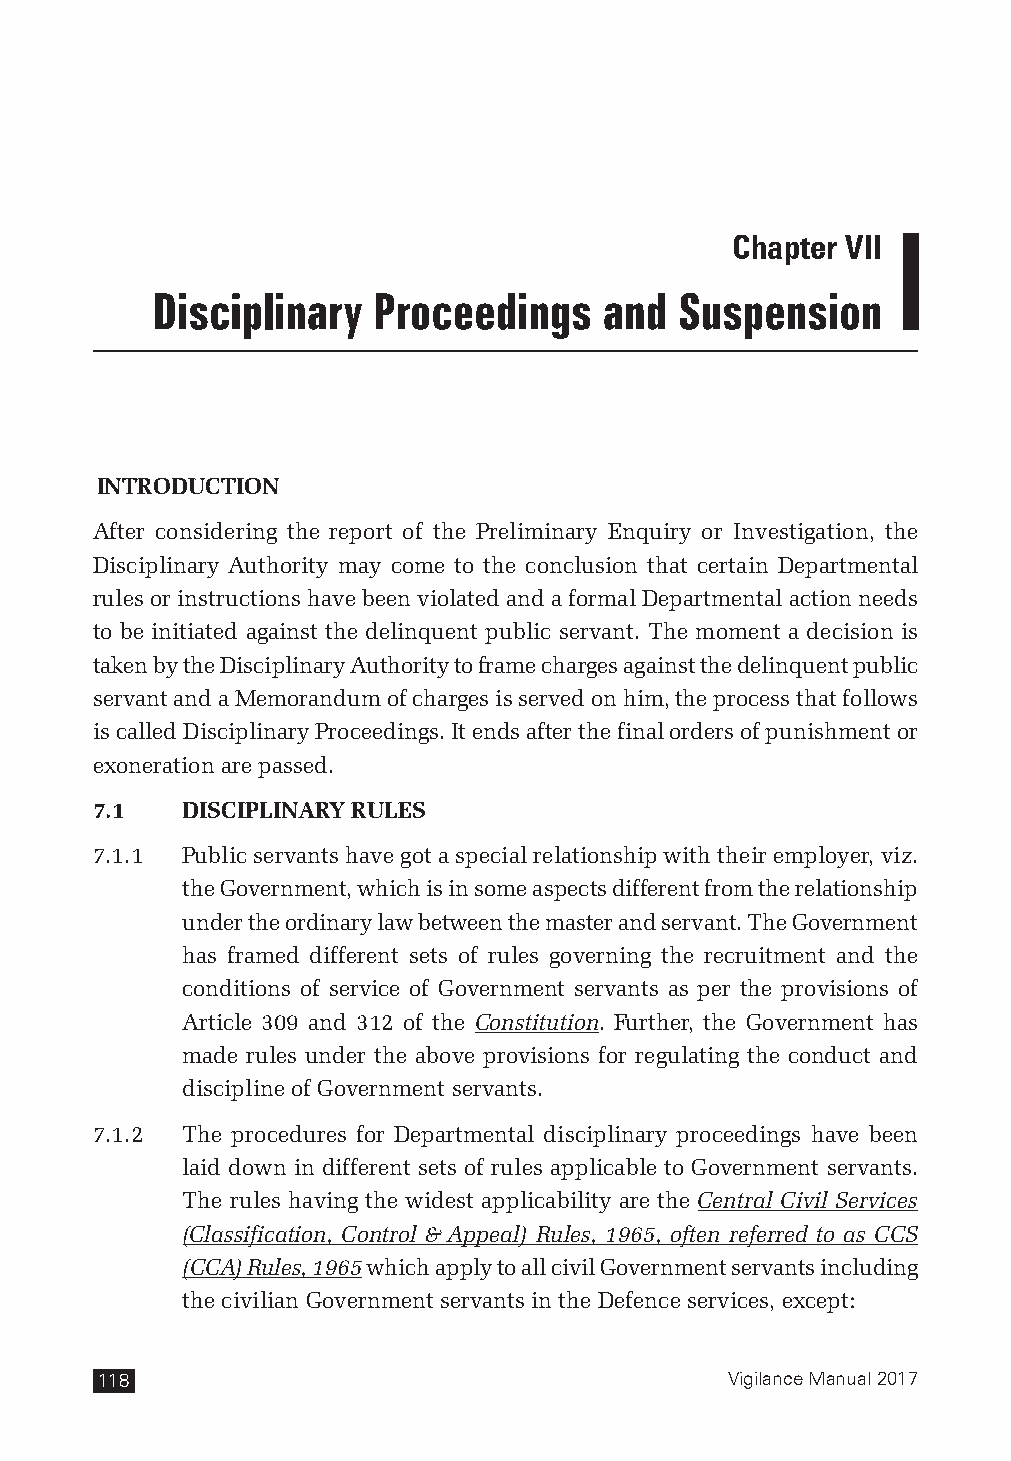
Chapter VII
 Disciplinary   Proceedings    and  Suspension
 INTRODUCTION
 After considering the report of the Preliminary Enquiry or Investigation, the
 Disciplinary Authority may come to the conclusion that certain Departmental
 rules or instructions have been violated and a formal Departmental action needs
 to be initiated against the delinquent public servant. The moment a decision is
 taken by the Disciplinary Authority to frame charges against the delinquent public
 servant and a Memorandum of charges is served on him, the process that follows
 is called Disciplinary Proceedings. It ends after the final orders of punishment or
 exoneration are passed.
 7.1   DISCIPLINARY RULES
 7.1.1 Public servants have got a special relationship with their employer, viz.
 the Government, which is in some aspects different from the relationship
 under the ordinary law between the master and servant. The Government
 has framed different sets of rules governing the recruitment and the
 conditions of service of Government servants as per the provisions of
 Article 309 and 312 of the Constitution. Further, the Government has
 made rules under the above provisions for regulating the conduct and
 discipline of Government servants.
 7.1.2 The procedures for Departmental disciplinary proceedings have been
 laid down in different sets of rules applicable to Government servants.
 The rules having the widest applicability are the Central Civil Services
 (Classification, Control & Appeal) Rules, 1965, often referred to as CCS
 (CCA) Rules, 1965 which apply to all civil Government servants including
 the civilian Government servants in the Defence services, except:
 118                                       Vigilance Manual 2017